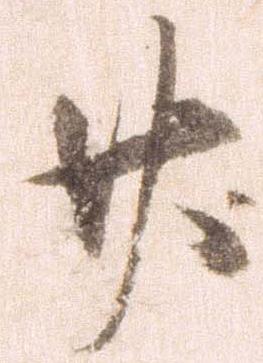
廿